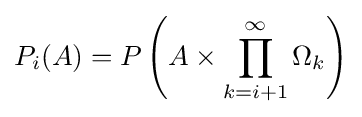
P_{i}(A)=P\left(A\times \prod _{k=i+1}^{\infty }\Omega _{k}\right)